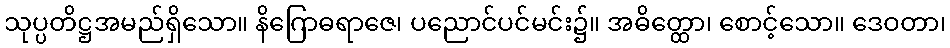
သုပ္ပတိဋ္ဌအမည်ရှိသော။ နိဂြောဓရာဇေ၊ ပညောင်ပင်မင်း၌။ အဓိတ္ထော၊ စောင့်သော။ ဒေဝတာ၊